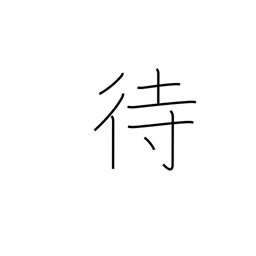
Meaning: wait